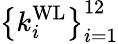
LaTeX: \left\{ k_{i}^{\mathrm{WL}}\right\} _{i=1}^{12}